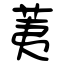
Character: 荑